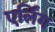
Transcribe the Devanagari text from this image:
एर्लिंग